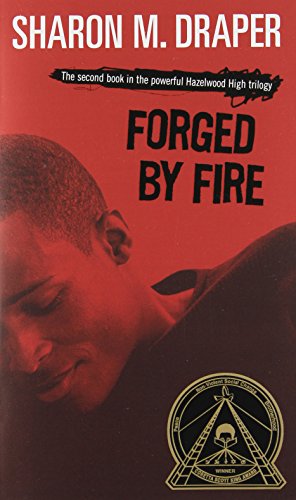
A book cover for Forged by Fire; Sharon M. Draper; Teen & Young Adult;